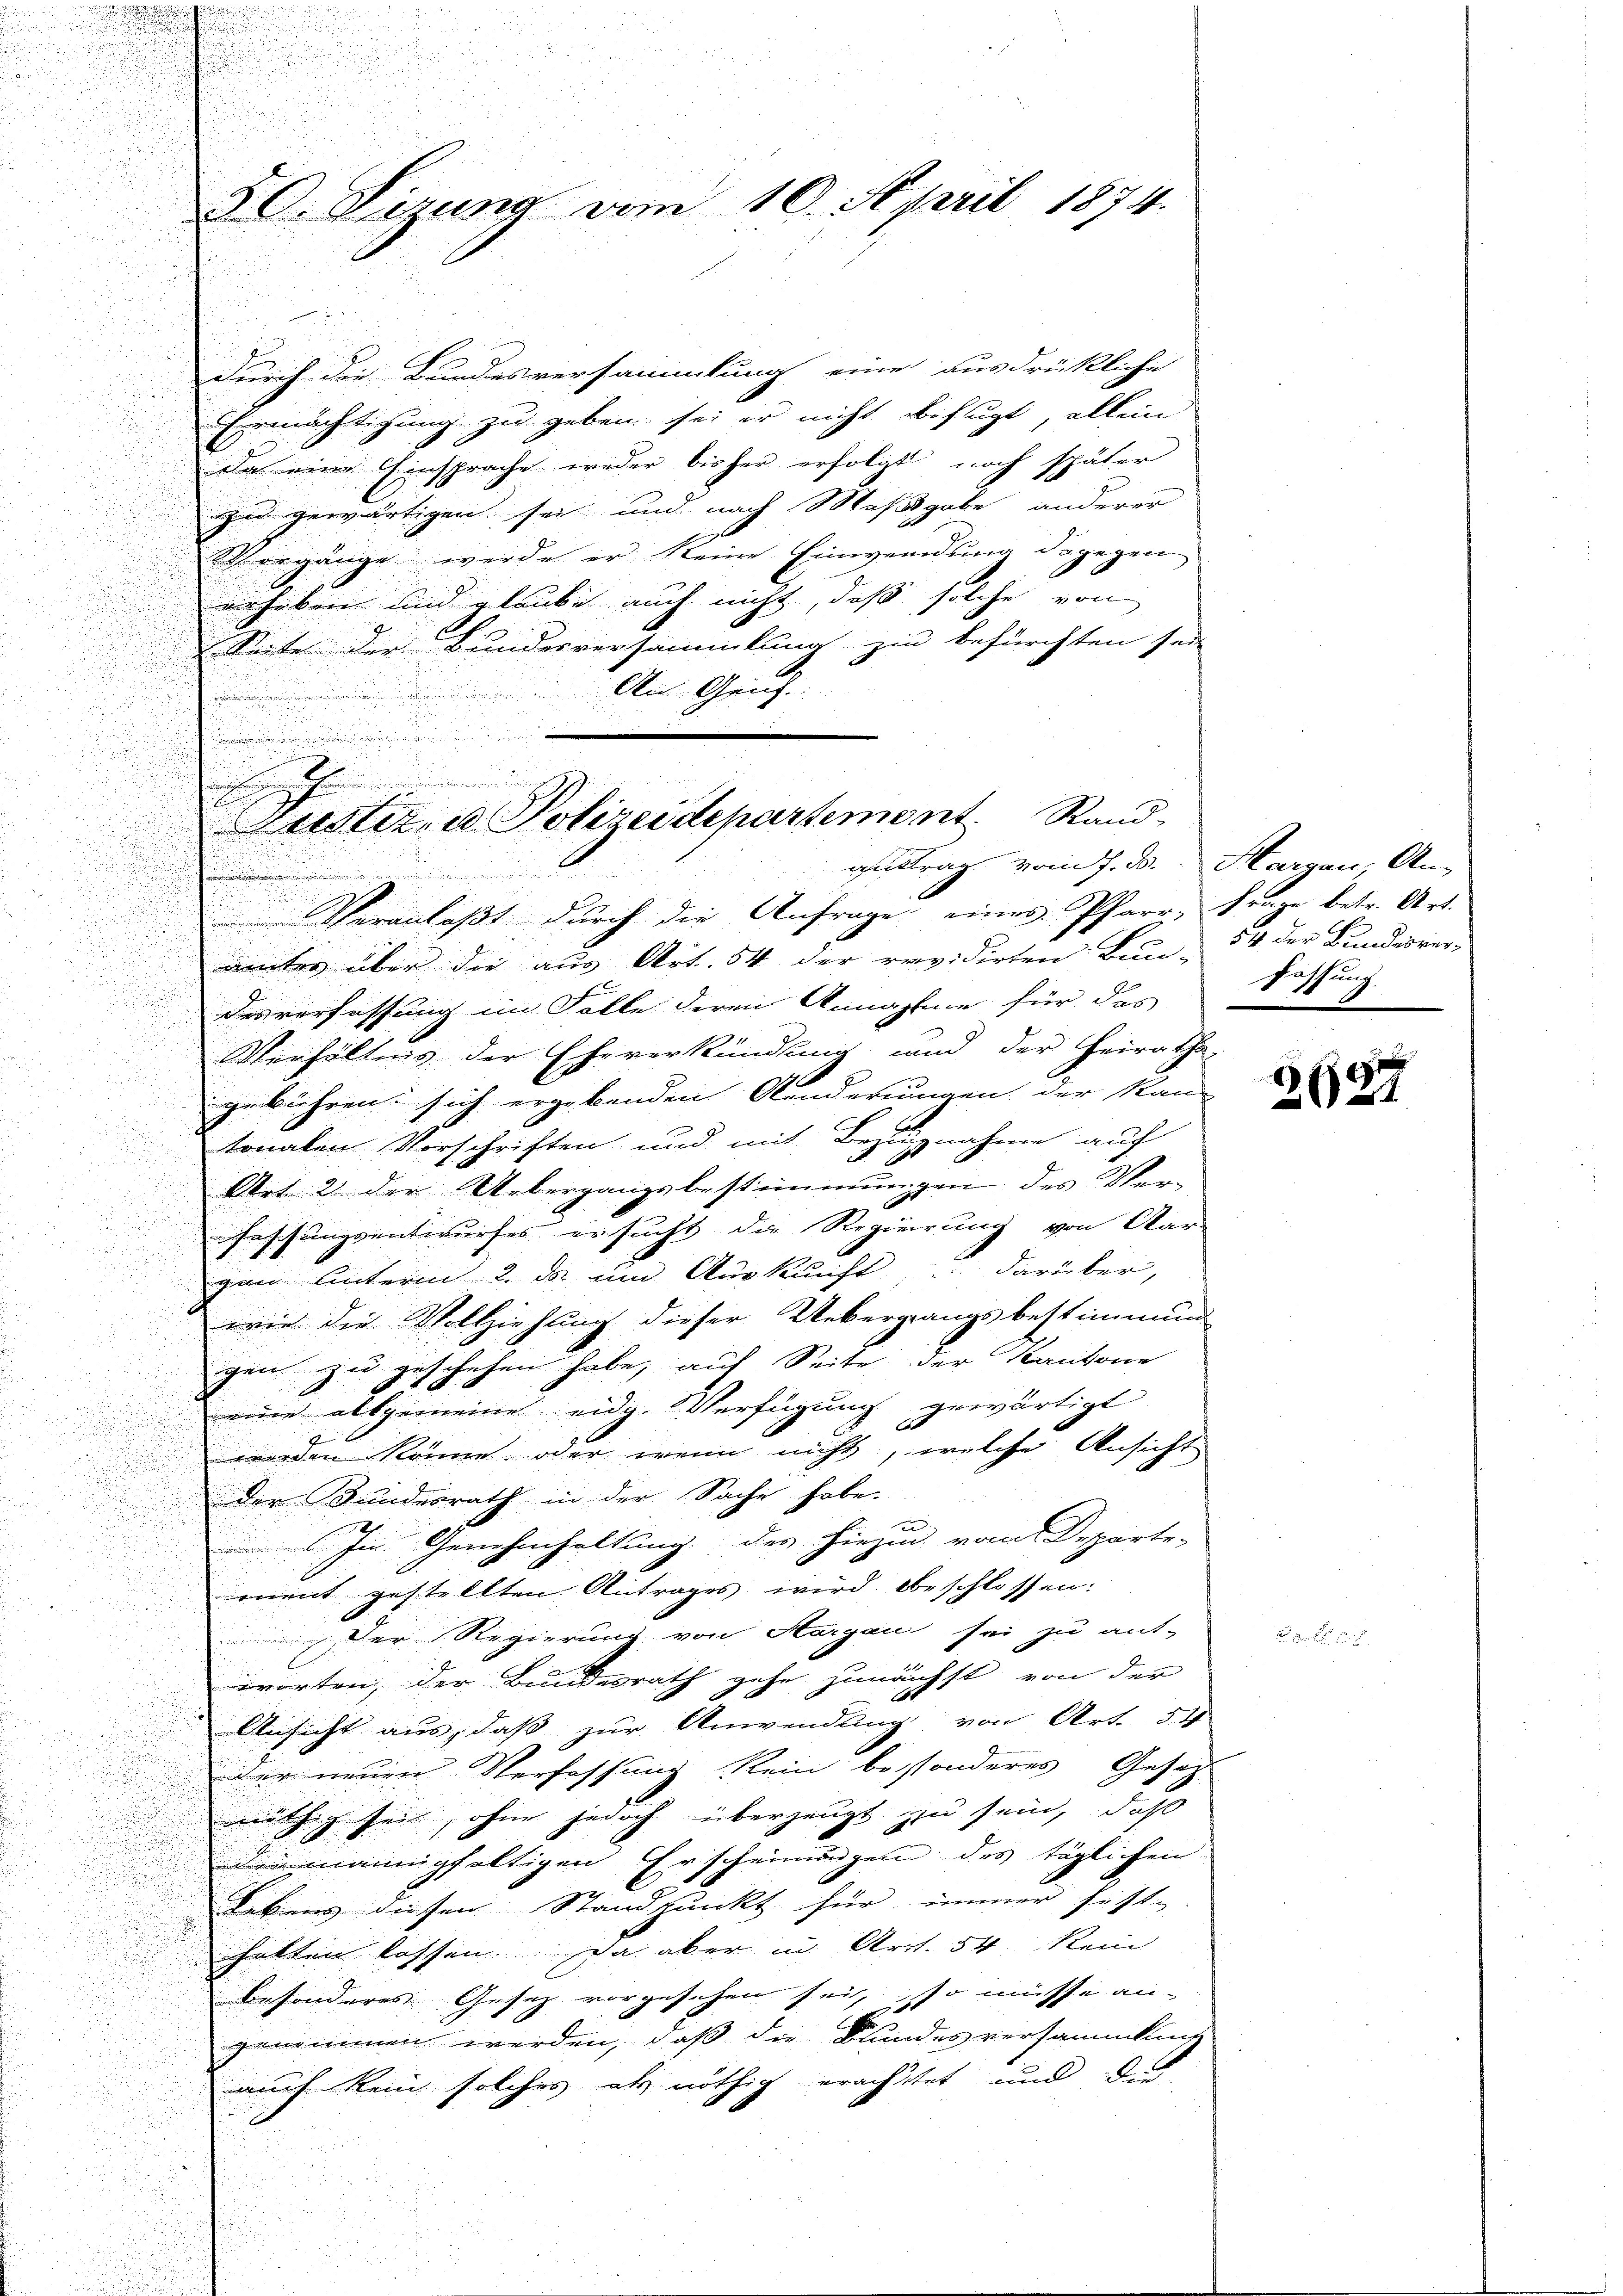
30. Verung vom 10. April 1874.

durch die Bundesversammlung eine ausdrückliche
Ermächtigung zu geben sei er nicht befugt, allein
Da eine Einsprache weder bisher erfolgt noch später
zu gewärtigen sei und nach Maßgabe anderer
orgänge werde er keine Einwendung dagegen
erheben und glaube auch nicht, daß solche von
x
Seite der Bundesversammlung zu befürchten sei
u
u
Aus Geich.

n
.
Veranlaßt durch die Anfrage eines Pfarr- Frage betr. Art.
d

ämter über die aus Art. 54 der revidirten Bun- 54 der Bundesver-
n
n

d
desverfassung im Falle deren Annahme für das
u
¬
Verhältnis der Eheverkündung und der Heirathe-
gebühren sich ergebenden Kinderungen der Stand
tonalen Vorschriften und mit Bezugnahme auf
u
Art. 2 der Uebergangsbestimmungen des Ver¬
u
Fassungsentwurfes ersucht die Regierung von Aar-
gan Unterm 2. das und Auskunft darüber,
wie die Vollziehung dieser Uebergangsbestimmung

gen zu geschehen habe, auf Seite der Kantone
u
eine allgemeine eidg. Verfügung gewärtigt
worden könne oder wenn nicht, welche Ansicht
 der Bundesrath in der Sache habe.
u
In Genehmhaltung des hiezu vom Departe-
ment gestellten Antrages wird beschlossen:

Der Regierung von Aargau sei zu ant-
5

warten, der Bundesrath gehe zunächst von der
Ansicht aus, daß zur Anwendung von Art. 54
der neuen Verfassung kein besonderes Gesetz-
nöthig sei, ohne jedoch überzeugt zu sein, daß
die mannigfaltigen Erscheinungen des täglichen
Lebens diesen Standpunkt für immer sicht
halten lassen. Da aber in Art. 54 kein
besonderes Gesetz vorgesehen sei, so müsse an-
genommen werden, daß die Bundesversammlung
auch kein solches als nöthig erachtet und de

.
.
Weitet, u Polizeidepartement. Rand,
gutrag vom 7. d. Harzen, An-
.

Fassung.

8697